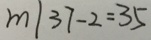
m \vert 3 7 - 2 = 3 5